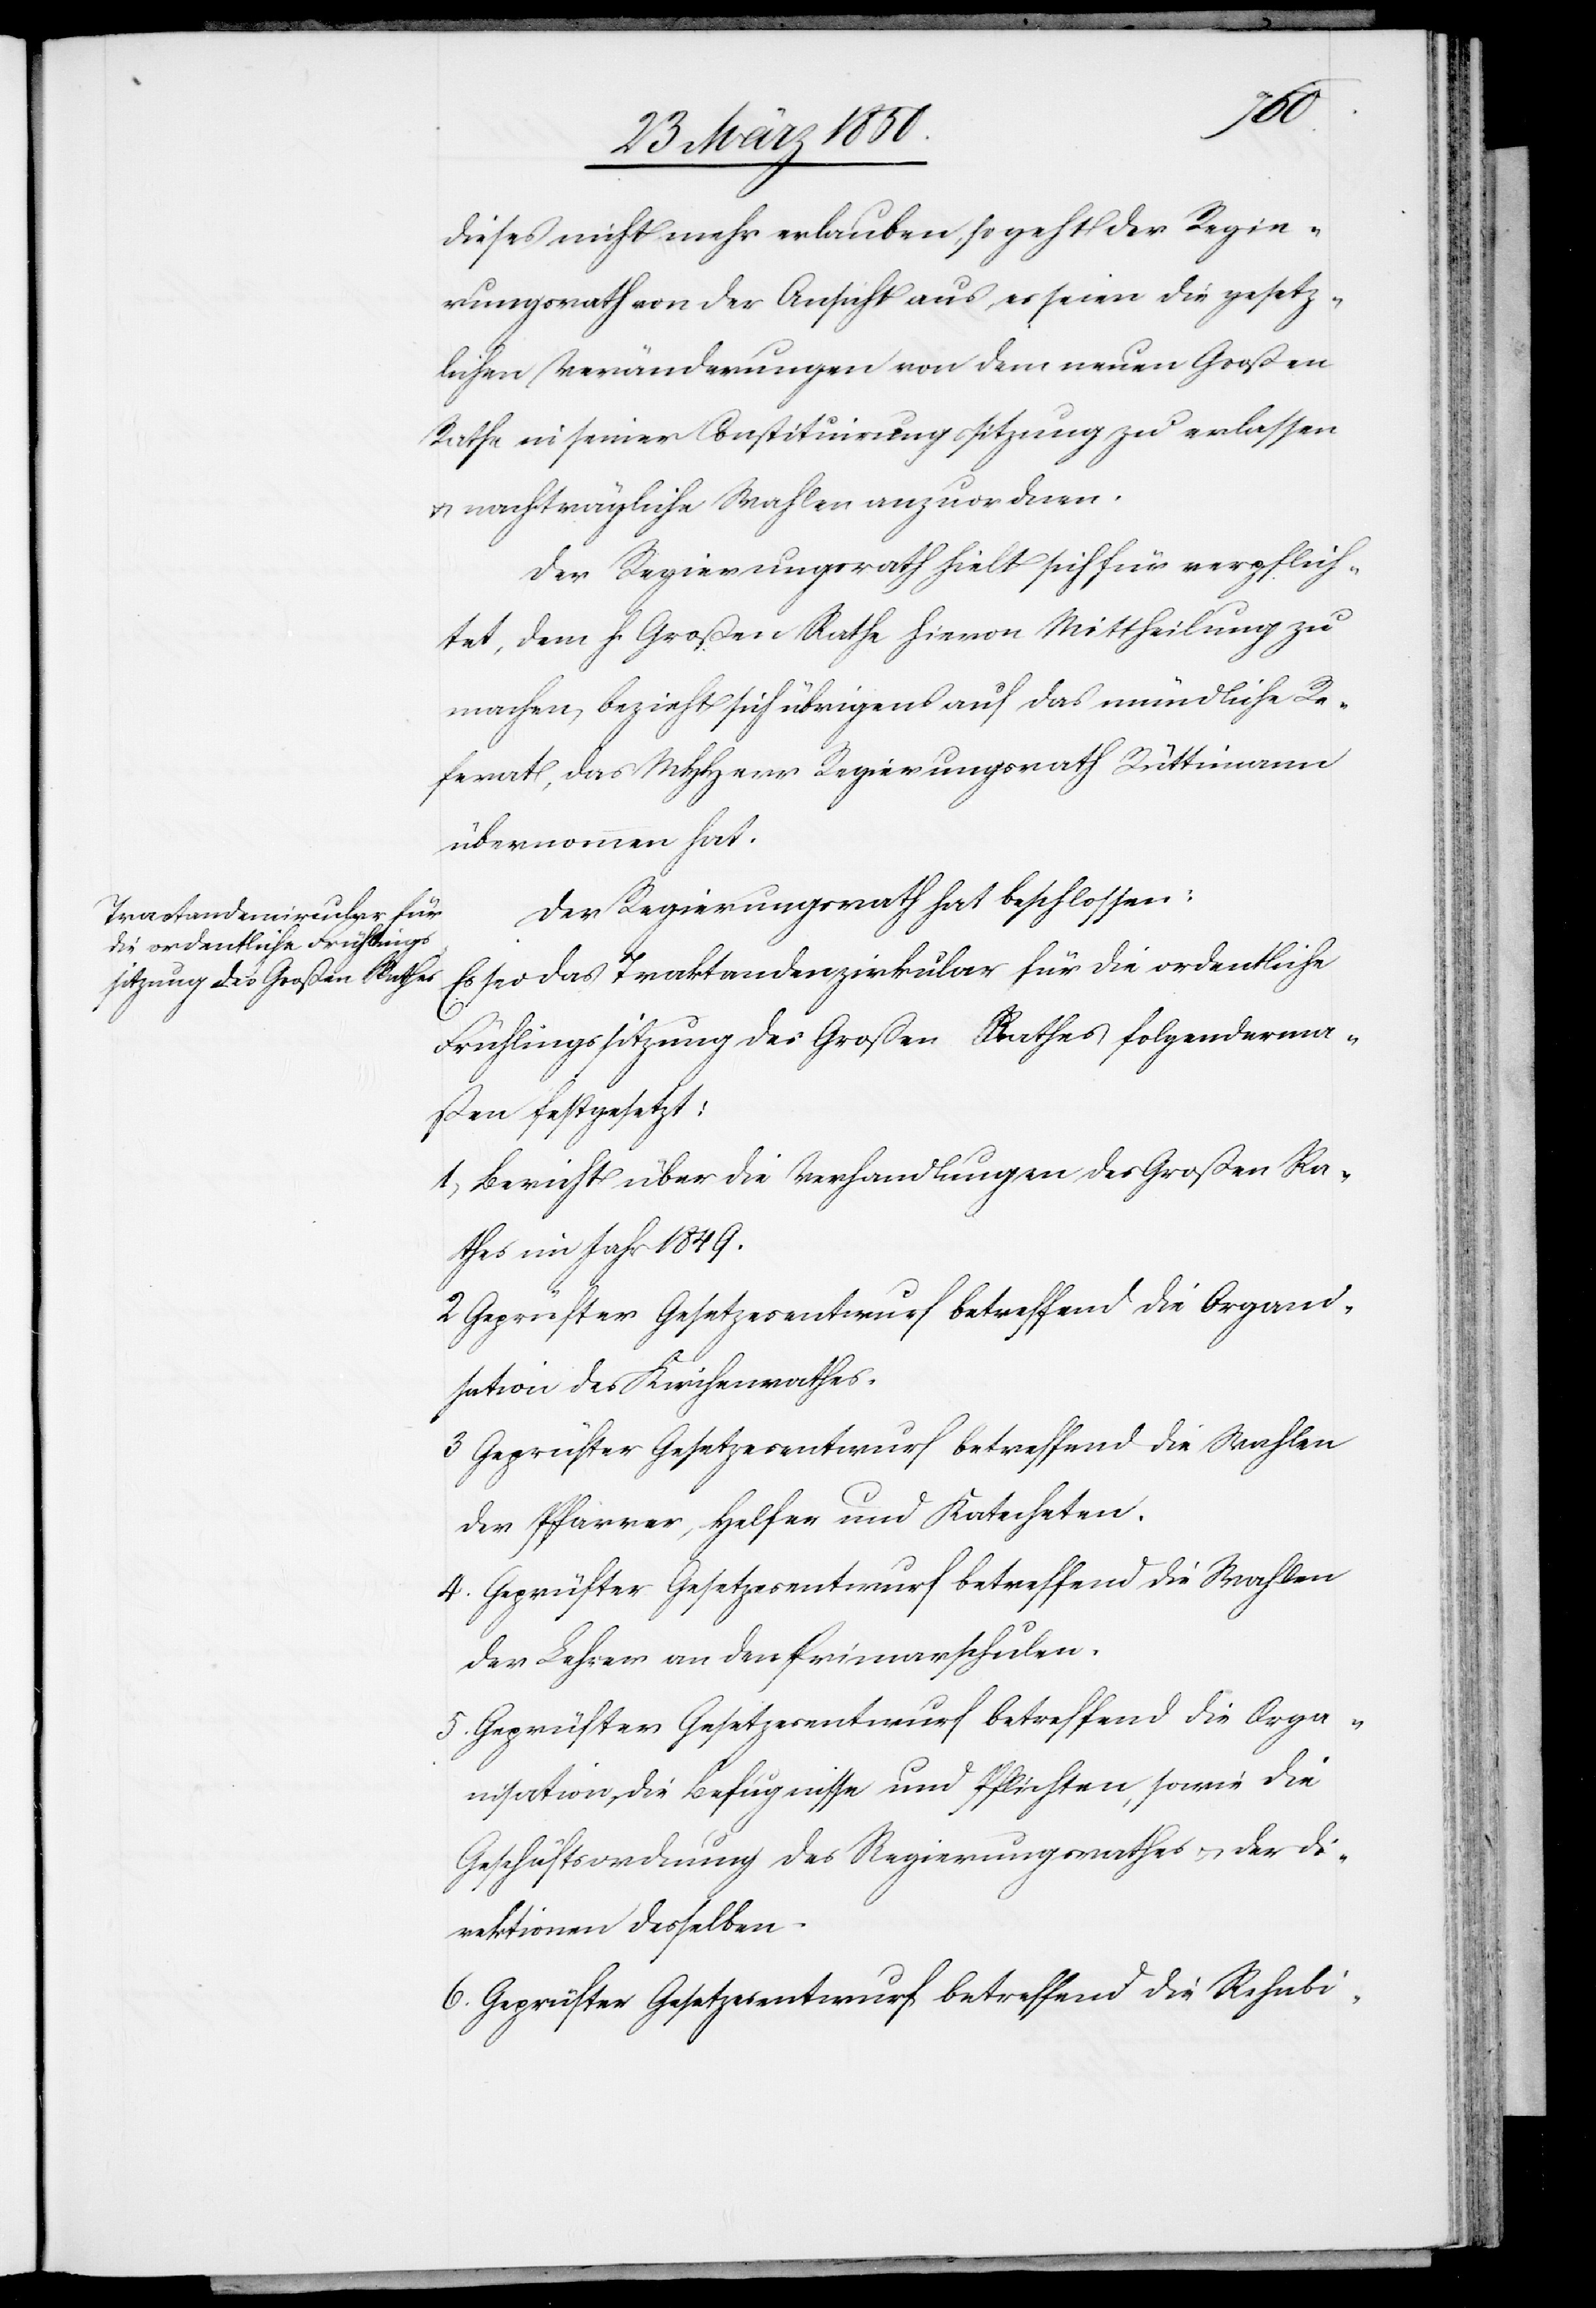
dieses nicht mehr erlauben, so geht der Regie¬
rungsrath von der Ansicht aus, es seien die gesetz¬
lichen Veränderungen von dem neuen Großen
Rathe in seiner Constituirungssitzung zu erlassen
u. nachträgliche Wahlen anzuordnen.
Der Regierungsrath hielt sich für verpflich¬
tet, dem h. Großen Rathe hievon Mittheilung zu
machen, bezieht sich übrigens auf das mündliche Re¬
ferat, das MHHerr Regierungsrath Rüttimann
übernommen hat.
Der Regierungsrath hat beschlossen:
Es sei das Traktandenzirkular für die ordentliche
Frühlingssitzung des Großen Rathes folgenderma¬
ßen festgesetzt:
1.) Bericht über die Verhandlungen des Großen Ra¬
thes im Jahr 1849.
2 Geprüfter Gesetzesentwurf betreffend die Organi¬
sation des Kirchenrathes.
3 Geprüfter Gesetzesentwurf betreffend die Wahlen
der Pfarrer, Helfer und Katecheten.
4. Geprüfter Gesetzesentwurf betreffend die Wahlen
der Lehrer an den Primarschulen.
5. Geprüfter Gesetzesentwurf betreffend die Orga¬
nisation, die Befugnisse und Pflichten, sowie die
Geschäftsordnung des Regierungsrathes u. der Di¬
rektionen desselben.
6. Geprüfter Gesetzesentwurf betreffend die Rehabi-